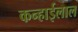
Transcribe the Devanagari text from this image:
कन्हाईलाल